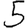
Digit: 5